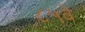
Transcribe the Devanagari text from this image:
८५वे